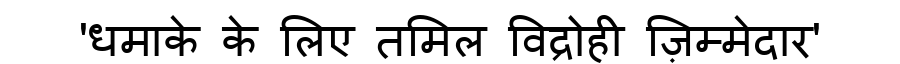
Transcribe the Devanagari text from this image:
'धमाके के लिए तमिल विद्रोही ज़िम्मेदार'